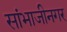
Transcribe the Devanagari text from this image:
सांभाजीनगर